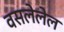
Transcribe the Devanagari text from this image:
वसलेलेल